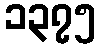
၁၃၇၅